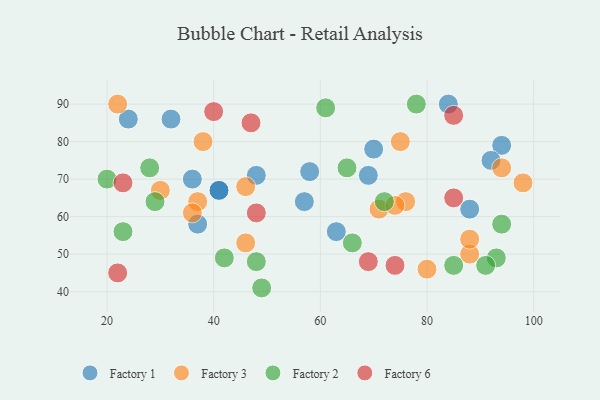
{"axis": {"x": "GDP", "y": "Life Expectancy"}, "legend": ["Factory 1", "Factory 2", "Factory 3", "Factory 6"], "data": [{"x": "88", "y": 62, "type": "Factory 1"}, {"x": "24", "y": 86, "type": "Factory 1"}, {"x": "32", "y": 86, "type": "Factory 1"}, {"x": "57", "y": 64, "type": "Factory 1"}, {"x": "94", "y": 79, "type": "Factory 1"}, {"x": "37", "y": 58, "type": "Factory 1"}, {"x": "84", "y": 90, "type": "Factory 1"}, {"x": "41", "y": 67, "type": "Factory 1"}, {"x": "92", "y": 75, "type": "Factory 1"}, {"x": "41", "y": 67, "type": "Factory 1"}, {"x": "70", "y": 78, "type": "Factory 1"}, {"x": "36", "y": 70, "type": "Factory 1"}, {"x": "48", "y": 71, "type": "Factory 1"}, {"x": "63", "y": 56, "type": "Factory 1"}, {"x": "69", "y": 71, "type": "Factory 1"}, {"x": "58", "y": 72, "type": "Factory 1"}, {"x": "38", "y": 80, "type": "Factory 3"}, {"x": "94", "y": 73, "type": "Factory 3"}, {"x": "98", "y": 69, "type": "Factory 3"}, {"x": "88", "y": 50, "type": "Factory 3"}, {"x": "88", "y": 54, "type": "Factory 3"}, {"x": "37", "y": 64, "type": "Factory 3"}, {"x": "22", "y": 90, "type": "Factory 3"}, {"x": "76", "y": 64, "type": "Factory 3"}, {"x": "71", "y": 62, "type": "Factory 3"}, {"x": "46", "y": 53, "type": "Factory 3"}, {"x": "75", "y": 80, "type": "Factory 3"}, {"x": "46", "y": 68, "type": "Factory 3"}, {"x": "30", "y": 67, "type": "Factory 3"}, {"x": "80", "y": 46, "type": "Factory 3"}, {"x": "74", "y": 63, "type": "Factory 3"}, {"x": "36", "y": 61, "type": "Factory 3"}, {"x": "65", "y": 73, "type": "Factory 2"}, {"x": "42", "y": 49, "type": "Factory 2"}, {"x": "20", "y": 70, "type": "Factory 2"}, {"x": "49", "y": 41, "type": "Factory 2"}, {"x": "85", "y": 47, "type": "Factory 2"}, {"x": "66", "y": 53, "type": "Factory 2"}, {"x": "23", "y": 56, "type": "Factory 2"}, {"x": "61", "y": 89, "type": "Factory 2"}, {"x": "48", "y": 48, "type": "Factory 2"}, {"x": "72", "y": 64, "type": "Factory 2"}, {"x": "94", "y": 58, "type": "Factory 2"}, {"x": "78", "y": 90, "type": "Factory 2"}, {"x": "28", "y": 73, "type": "Factory 2"}, {"x": "93", "y": 49, "type": "Factory 2"}, {"x": "29", "y": 64, "type": "Factory 2"}, {"x": "91", "y": 47, "type": "Factory 2"}, {"x": "69", "y": 48, "type": "Factory 6"}, {"x": "48", "y": 61, "type": "Factory 6"}, {"x": "47", "y": 85, "type": "Factory 6"}, {"x": "23", "y": 69, "type": "Factory 6"}, {"x": "85", "y": 87, "type": "Factory 6"}, {"x": "85", "y": 65, "type": "Factory 6"}, {"x": "22", "y": 45, "type": "Factory 6"}, {"x": "74", "y": 47, "type": "Factory 6"}, {"x": "40", "y": 88, "type": "Factory 6"}]}